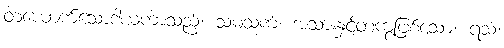
တယောက်သောဒါယကာသည်။ သမံသကံ၊ အသားနှင့်တကွဖြစ်သော။ ရသံ၊